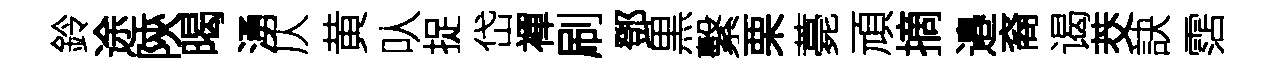
鈴途陝暍湧仄黄㕥捉岱襌刷鄧黒繫栗薧頑摘邉裔谒茭訣霑